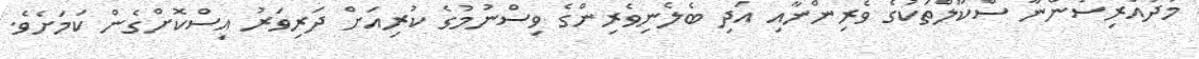
މުދައްރިސުންނާ ސްކޫލްތަކުގެ ވެރިންނާއި އަދި ބެލެނިވެރިންގެ ވިސްނުމުގެ ކުރިއަށް ދަރިވަރު އިސްކޮށްގެން ކަމަށެވެ.